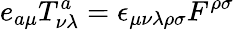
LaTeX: e_{a\mu}T_{\nu\lambda}^{a}=\epsilon_{\mu\nu\lambda\rho\sigma}F^{\rho\sigma}